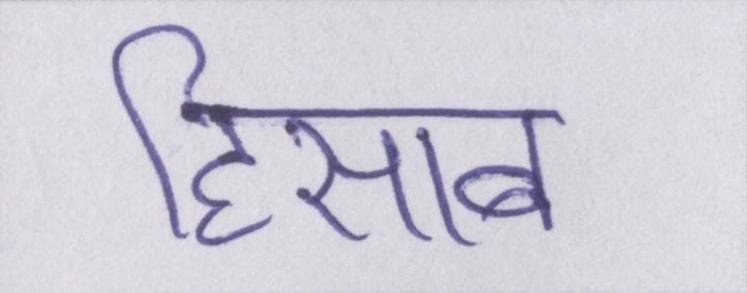
हिसाब